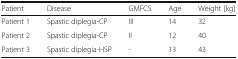
<table><thead><tr><td><b>Patient</b></td><td><b>Disease</b></td><td><b>GMFCS</b></td><td><b>Age</b></td><td><b>Weight [kg]</b></td></tr></thead><tbody><tr><td>Patient 1</td><td>Spastic diplegia-CP</td><td>III</td><td>14</td><td>32</td></tr><tr><td>Patient 2</td><td>Spastic diplegia-CP</td><td>II</td><td>12</td><td>40</td></tr><tr><td>Patient 3</td><td>Spastic diplegia-HSP</td><td>-</td><td>13</td><td>43</td></tr></tbody></table>